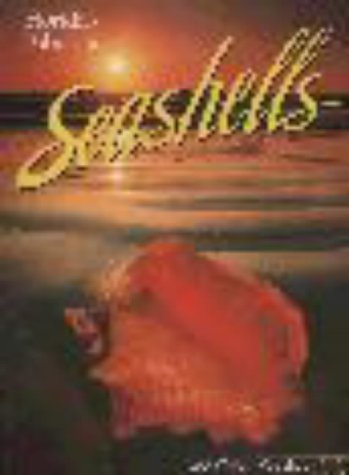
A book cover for Florida's Fabulous Seashells: And Other Seashore Life; Winston Williams; Sports & Outdoors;